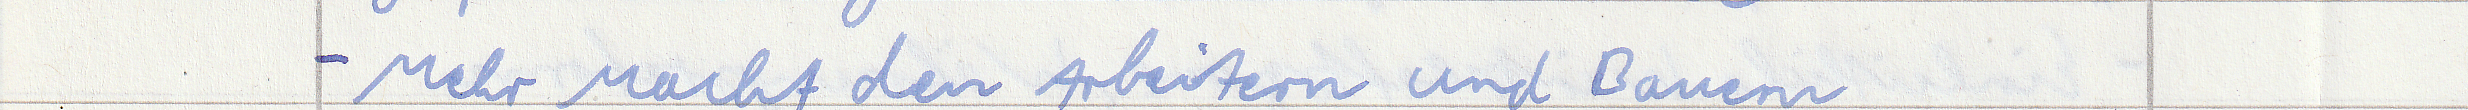
- Mehr Macht den Arbeitern und Bauern